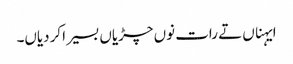
ایہناں تے رات نوں چڑیاں بسیرا کردیاں۔